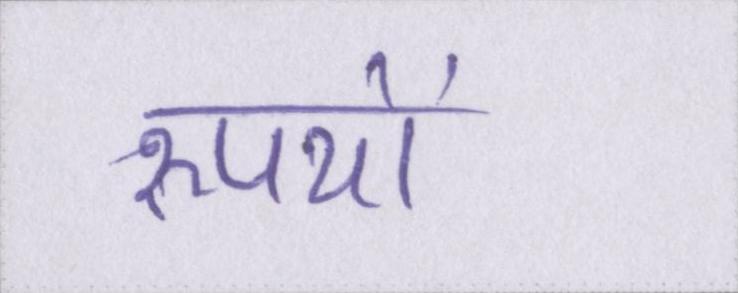
रूपयों